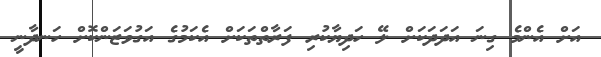
އަށް އެންމެ ގިނަ އަދަދަކަށް ލޭ ހަދިޔާކުރި ފަރާތްތަކަށް އެކަމުގެ އަގުވަޒަންކޮށް ހަނދާނީ